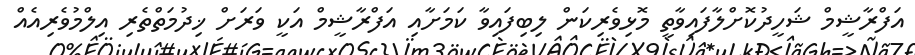
އަފްރާޝީމް ޝަހީދުކޮށްލާފައިވާތީ މޮޅިވެރިކަން ލިބިފައިވާ ކަމަށާއި އަފްރާޝީމް އަކީ ވަރަށް ޚިދުމަތްތެރި އިލްމުވެރިއެއް